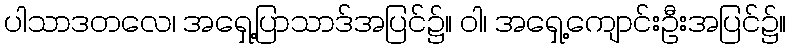
ပါသာဒတလေ၊ အရှေ့ပြာသာဒ်အပြင်၌။ ဝါ၊ အရှေ့ကျောင်းဦးအပြင်၌။